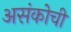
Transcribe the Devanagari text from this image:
असंकोची